Leaving Certificate Examination, 1923
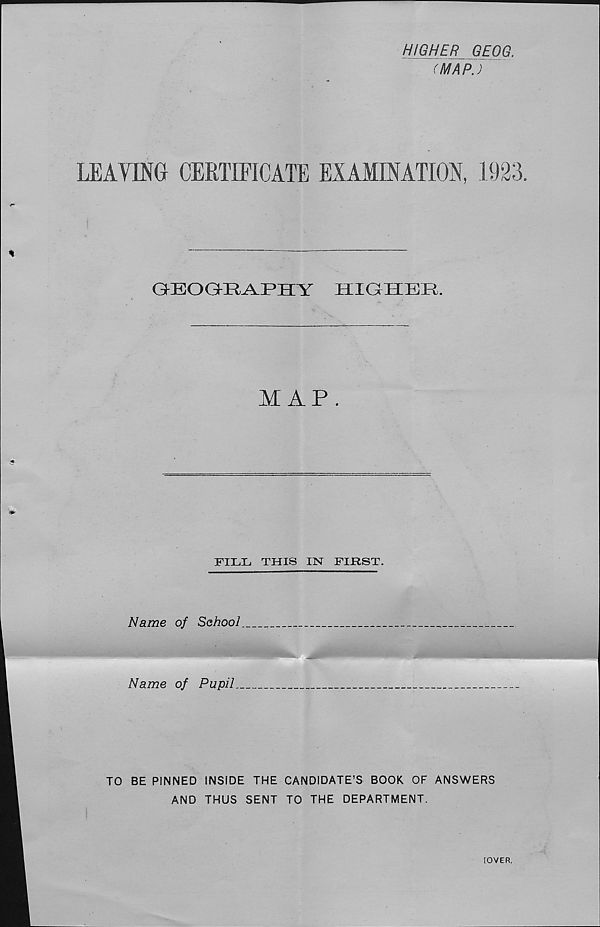
HIGHER GEOG.
(MAP.)
QEOGKRAPHY
HIGHER,
MAP.
FILL THIS IN FIRST.
Name of School.
Name of Pupil.
TO BE PINNED INSIDE THE CANDIDATE’S BOOK OF ANSWERS
AND THUS SENT TO THE DEPARTMENT.
I
[OVER.